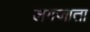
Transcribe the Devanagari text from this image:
लगजाता